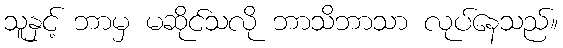
သူနှင့် ဘာမှ မဆိုင်သလို ဘာသိဘာသာ လုပ်နေသည်။